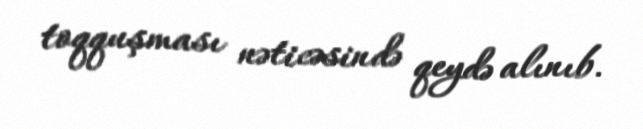
toqquşması nəticəsində qeydə alınıb.